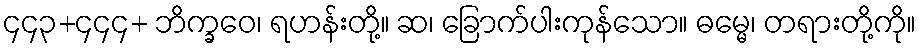
၄၄၃+၄၄၄+ ဘိက္ခဝေ၊ ရဟန်းတို့။ ဆ၊ ခြောက်ပါးကုန်သော။ ဓမ္မေ၊ တရားတို့ကို။